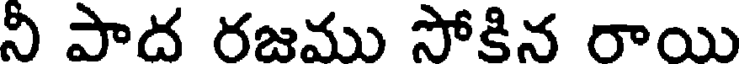
నీ పాద రజము సోకిన రాయి